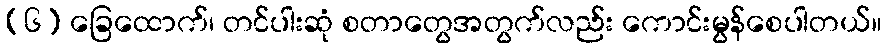
(၆) ခြေထောက်၊ တင်ပါးဆုံ စတာတွေအတွက်လည်း ကောင်းမွန်စေပါတယ်။